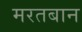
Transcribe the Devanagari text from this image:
मरतबान